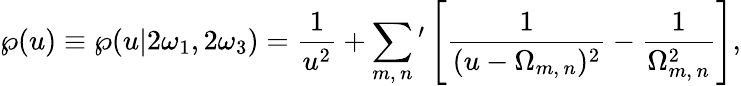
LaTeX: \wp(u)\equiv\wp(u|2\omega_{1},2\omega_{3})={\frac{1}{u^{2}}}+\sum_{m,\, n}{}^{\prime}\left[{\frac{1}{(u-\Omega_{m,\, n})^{2}}}-{\frac{1}{\Omega_{m,\, n}^{2}}}\right],